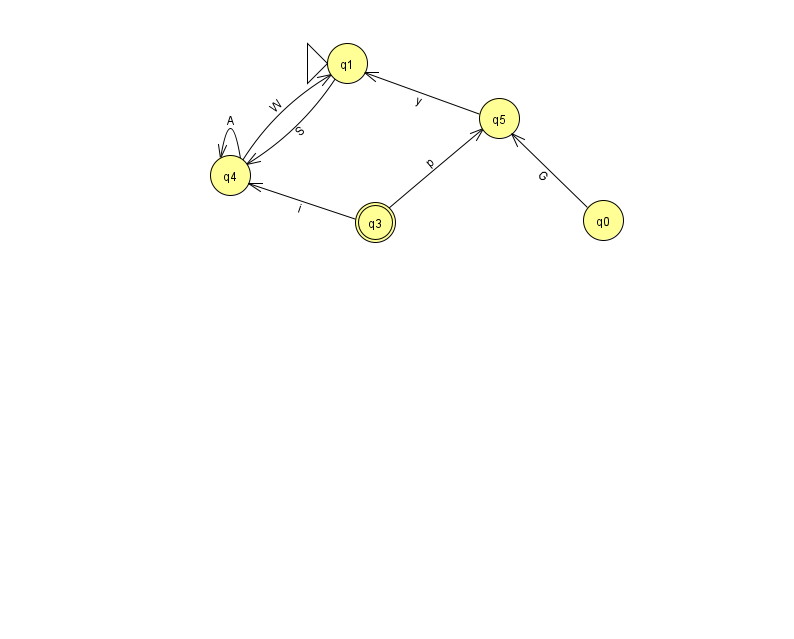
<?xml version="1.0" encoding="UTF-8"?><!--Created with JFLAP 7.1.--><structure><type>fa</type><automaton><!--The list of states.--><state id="0" name="q0"><x>603.0</x><y>207.0</y></state><state id="1" name="q1"><x>347.0</x><y>50.0</y><initial/></state><state id="3" name="q3"><x>375.0</x><y>209.0</y><final/></state><state id="4" name="q4"><x>230.0</x><y>162.0</y></state><state id="5" name="q5"><x>499.0</x><y>105.0</y></state><!--The list of transitions.--><transition><from>3</from><to>5</to><read>p</read></transition><transition><from>4</from><to>4</to><read>A</read></transition><transition><from>3</from><to>4</to><read>i</read></transition><transition><from>4</from><to>1</to><read>W</read></transition><transition><from>1</from><to>4</to><read>S</read></transition><transition><from>5</from><to>1</to><read>y</read></transition><transition><from>0</from><to>5</to><read>G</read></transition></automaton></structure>